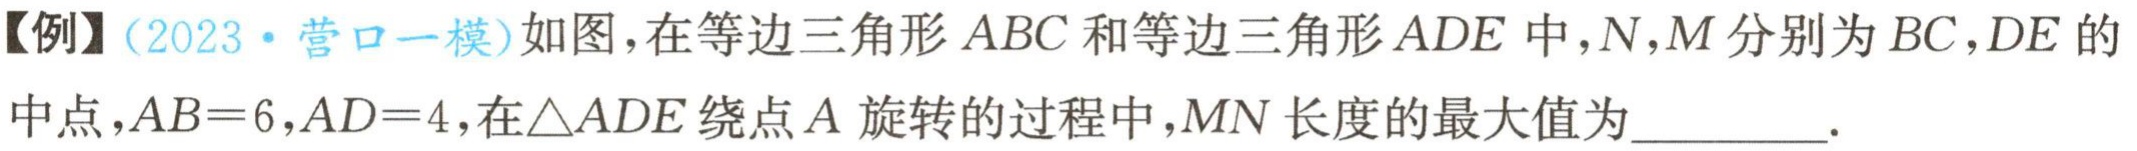
【例】(2023·营口一模)如图，在等边三角形 \(ABC\) 和等边三角形 \(ADE\) 中，\(N,M\) 分别为 \(BC,DE\) 的中点，\(AB = 6\)，\(AD = 4\)，在 \(\triangle ADE\) 绕点 \(A\) 旋转的过程中，\(MN\) 长度的最大值为_________.